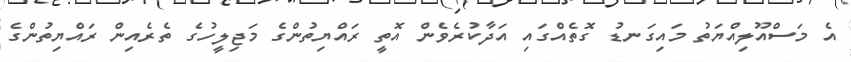
އެ މަސްއޫލިއްޔަތު މައިގަނޑު ގޮތެއްގައި އަދާކުރެވެން އޮތީ ރައްޔިތުންގެ މަޖިލީހުގެ ތެރެއިން ރައްޔިތުންގެ